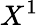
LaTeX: X^{1}